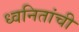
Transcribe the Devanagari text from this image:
ध्वनितांची